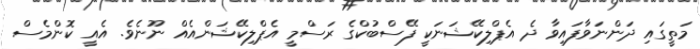
މަތީގައި ދަންނަވާފައިވާ ދެ އެޕްލިކޭޝަނަކީ ފޭސްބުކްގެ ރަސްމީ އެޕްލިކޭޝަންއެއް ނޫނެވެ. އެއީ ކޮންމެސް